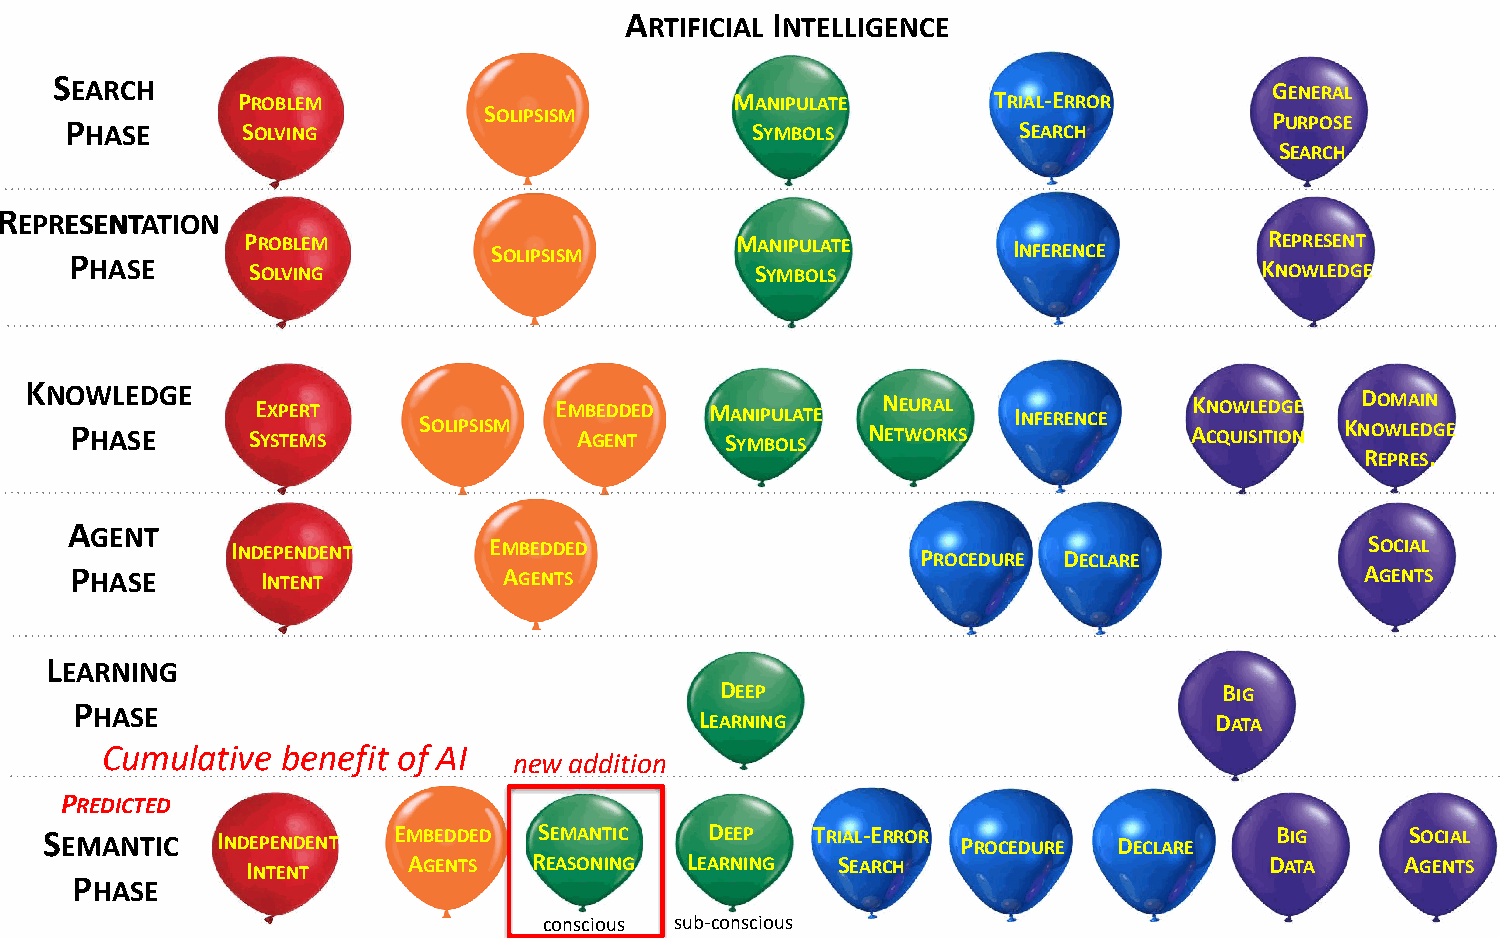
ARTIFICIAL INTELLIGENCE
 UNCLASSIFIED
 SEARCH
 PROBLEM                          MANIPULATE       TRIAL-ERROR
 GENERAL
 PHASE       SOLVING
 SOLIPSISM
 SYMBOLS          SEARCH
 PURPOSE
 SEARCH
 RREEPPRREESSEENNTTAATTIIOONN
 PPHHAASSEE
 P SR OO LVB IL NE GM SOLIPSISM   M SA YN MIP BU OL LA ST E INFERENCE KR NE OP WRE LS EE DN GT
 E
 KNO PW HALE SD
 E
 GE   SE YX SP TE ER MT
 S
 SOLIPSISM
 EM AB GE ED ND TE D M SA YN MIP BU OL LA ST E NN ETE WUR OA RL
 K S
 INFERENCE   AKN CQO UW ISL IE TD IOG NE KND OO WM LA EI DN
 G E
 REPRES.
 AGENT
 INDEPENDENT      EMBEDDED
 PROCEDURE DECLARE
 SOCIAL
 PHASE       INTENT          AGENTS                                                   AGENTS
 LEARNING
 DEEP                             BIG
 PHASE
 LEARNING                          DATA
 Cumulative  benefit of AI
 new addition
 PREDICTED
 SEMANTIC   INDEPENDENT EMBEDDED  SEMANTIC   DEEP   TRIAL-ERROR PROCEDURE DECLARE BIG      SOCIAL
 INTENT
 AGENTS  REASONING LEARNING  SEARCH                       DATA     AGENTS
 PHASE
 conscious sub-conscious